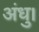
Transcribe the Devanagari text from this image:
अंधु।